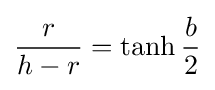
{\frac {r}{h-r}}=\tanh {\frac {b}{2}}